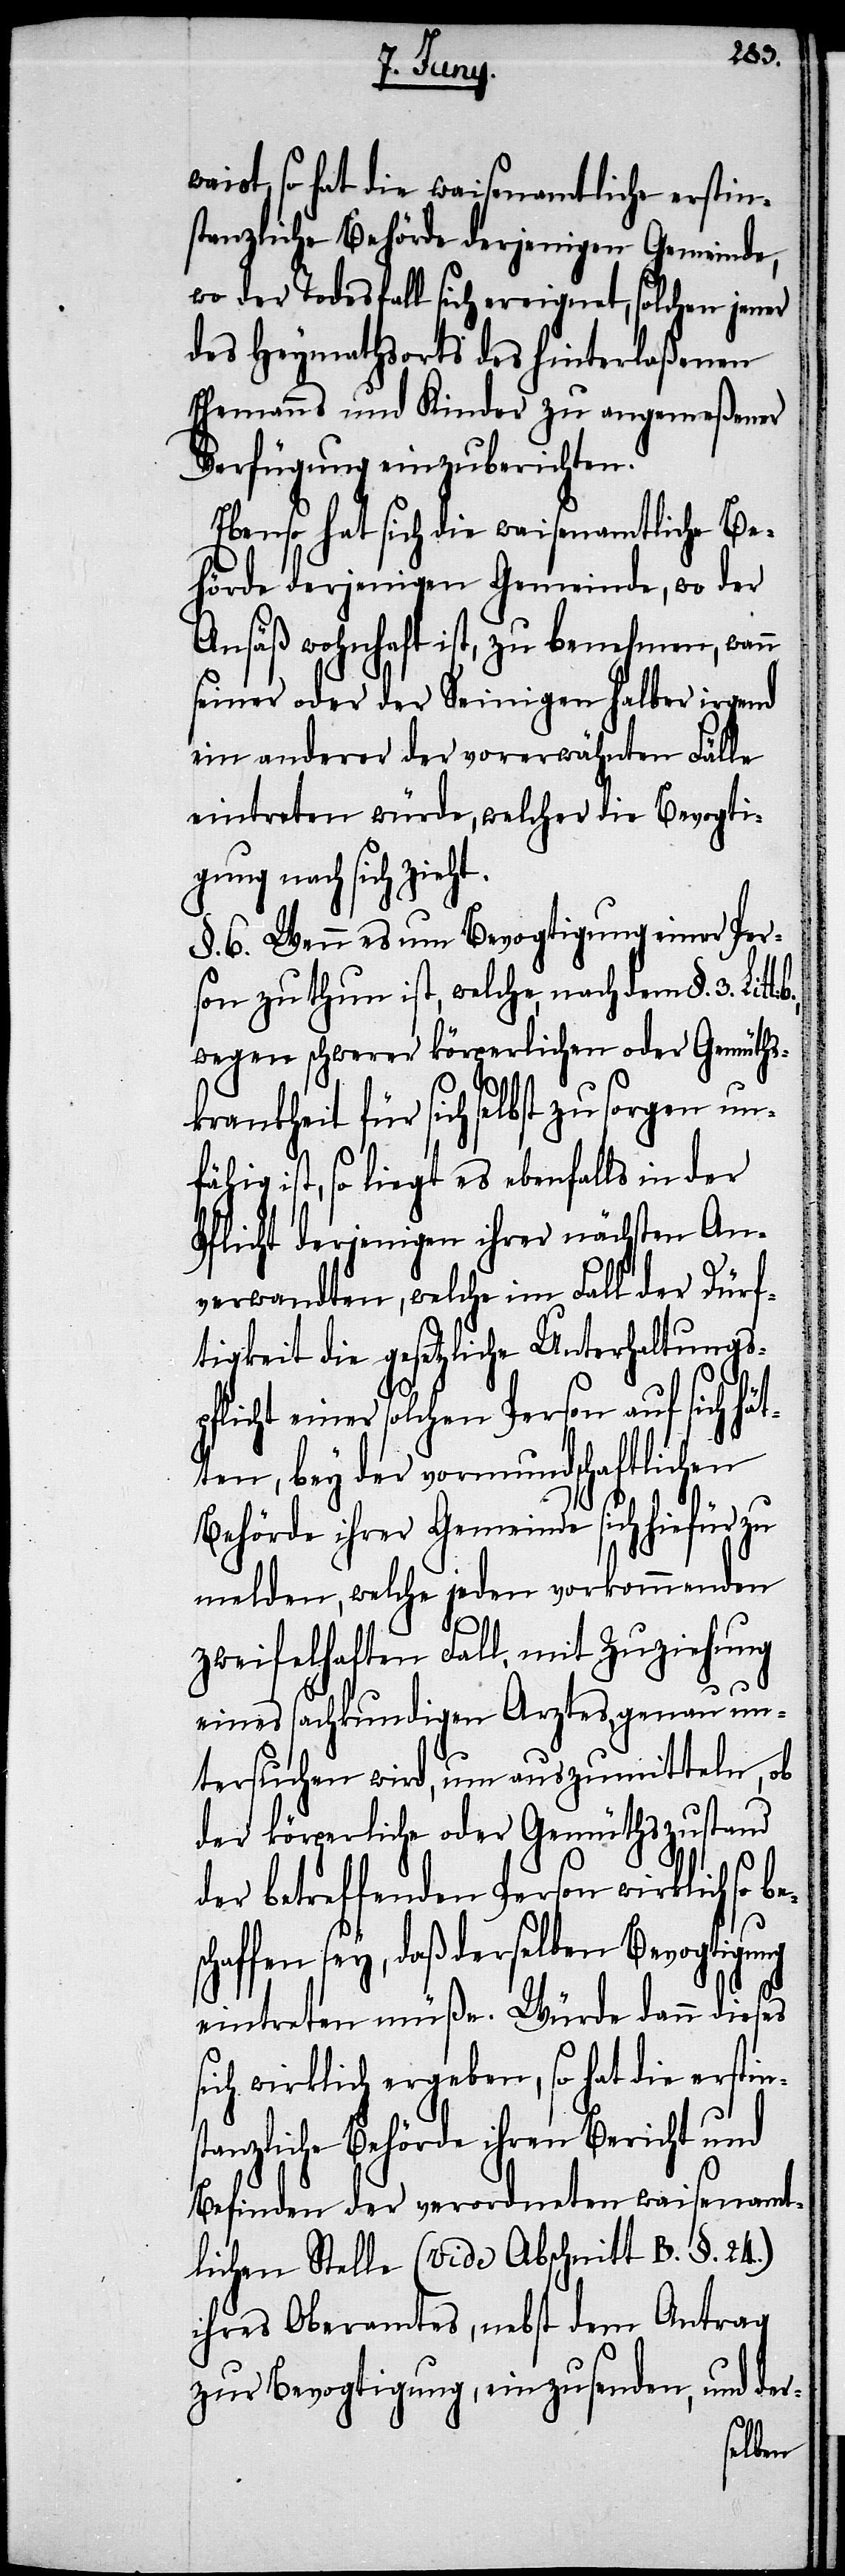
besc¬
waist, so hat die waisenamtliche erstin¬
stanzliche Behörde derjenigen Gemeinde,
wo der Todesfall sich ereignet, solchen jener
des Heymathsorts des hinterlaßenen
Ehemanns und Kinder zu angemeßener
Verfügung einzuberichten.
Ebenso hat sich die waisenamtliche Be¬
hörde derjenigen Gemeinde, wo der
Ansäß wohnhaft ist, zu benehmen, wann
seiner oder der Seinigen halber irgend
ein anderer der vorerwähnten Fälle
eintreten würde, welcher die Bevogti¬
gung nach sich zieht.
§. 6. Wenn es um Bevogtigung einer Per¬
son zu thun ist, welche, nach dem §. 3.
wegen schwerer körperlichen oder Gemüths¬
krankheit für sich selbst zu sorgen unfä¬
hig ist, so liegt es ebenfalls in der
Pflicht derjenigen ihrer nächsten An¬
verwandten, welche im Fall der Dürf¬
tigkeit die gesetzliche Unterhaltungs¬
pflicht einer solchen Person auf sich hät¬
ten, bey der vormundschaftlichen
Behörde ihrer Gemeinde sich hiefür zu
melden, welche jeden vorkommenden
zweifelhaften Fall, mit Zuziehung
eines sachkundigen Arztes, genau un¬
tersuchen wird, um auszumitteln, ob
der körperliche oder Gemüthszustand
der betreffenden Person wirklich so
haffen sey, daß derselben Bevogtigung
eintreten müße. Würde dann dieses
sich wirklich ergeben, so hat die erstins¬
tanzliche Behörde ihren Bericht und
Befinden der verordneten waisenamt¬
lichen Stelle (vide Abschnitt B. §. 24.)
ihres Oberamtes, nebst dem Antrag
zur Bevogtigung, einzusenden, und der-